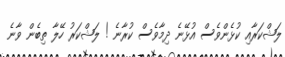
ލަޝްކަރާއި ކުޅެންވެސް އުޅޭނެ ދިމާވެސް ކުރާނެ ! ލަޝްކަރު ހޭލާ ތިބެން ވާނެ